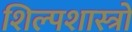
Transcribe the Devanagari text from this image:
शिल्पशास्त्रो